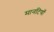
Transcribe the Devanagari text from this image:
मानटियाँ